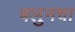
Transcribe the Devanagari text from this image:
बलुनचा